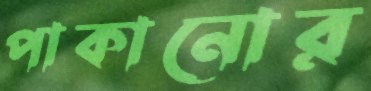
পাকানোর